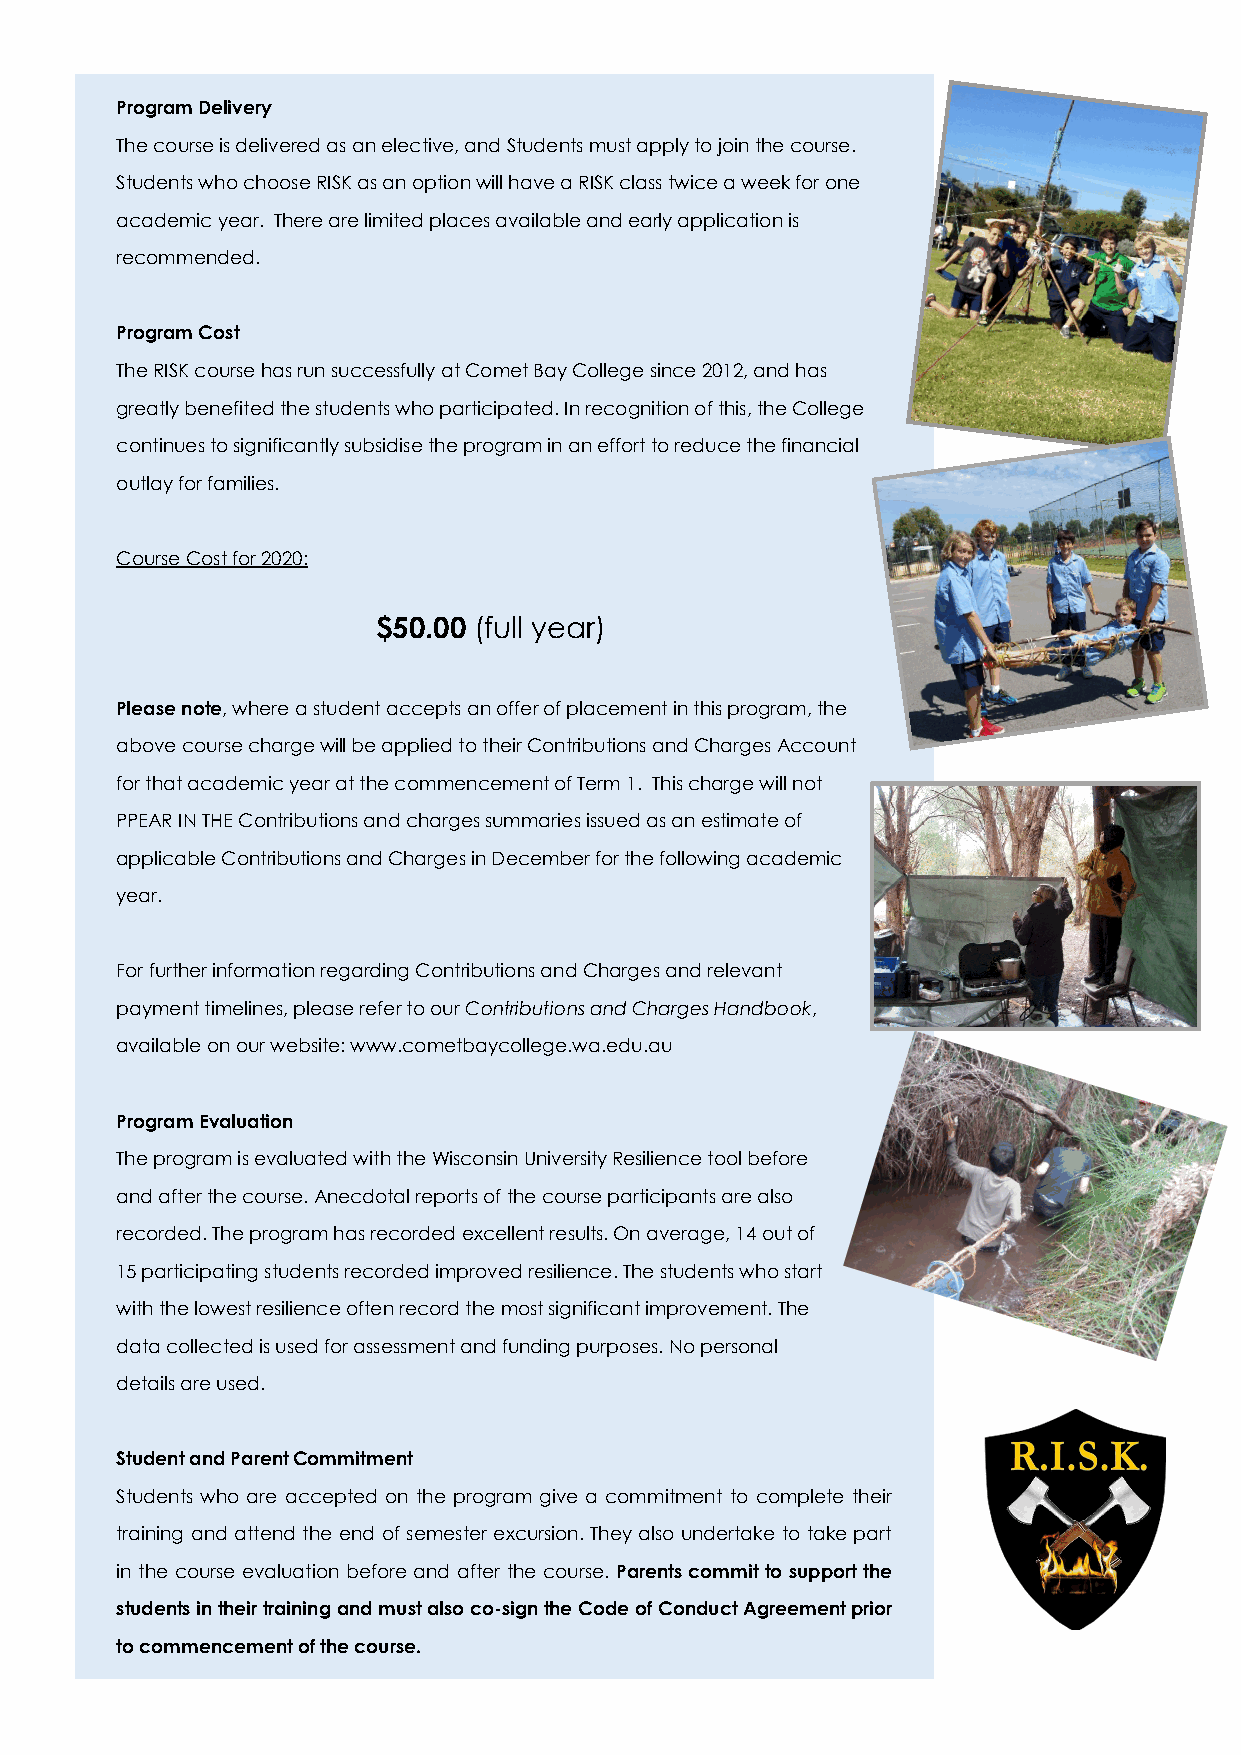
Program Delivery
 The course is delivered as an elective, and Students must apply to join the course.
 Students who choose RISK as an option will have a RISK class twice a week for one
 academic year. There are limited places available and early application is
 recommended.
 Program Cost
 The RISK course has run successfully at Comet Bay College since 2012, and has
 greatly benefited the students who participated. In recognition of this, the College
 continues to significantly subsidise the program in an effort to reduce the financial
 outlay for families.
 Course Cost for 2020:
 $50.00 (full year)
 Please note, where a student accepts an offer of placement in this program, the
 above course charge will be applied to their Contributions and Charges Account
 for that academic year at the commencement of Term 1. This charge will not
 PPEAR IN THE Contributions and charges summaries issued as an estimate of
 applicable Contributions and Charges in December for the following academic
 year.
 For further information regarding Contributions and Charges and relevant
 payment timelines, please refer to our Contributions and Charges Handbook,
 available on our website: www.cometbaycollege.wa.edu.au
 Program Evaluation
 The program is evaluated with the Wisconsin University Resilience tool before
 and after the course. Anecdotal reports of the course participants are also
 recorded. The program has recorded excellent results. On average, 14 out of
 15 participating students recorded improved resilience. The students who start
 with the lowest resilience often record the most significant improvement. The
 data collected is used for assessment and funding purposes. No personal
 details are used.
 Student and Parent Commitment
 Students who are accepted on the program give a commitment to complete their
 training and attend the end of semester excursion. They also undertake to take part
 in the course evaluation before and after the course. Parents commit to support the
 students in their training and must also co-sign the Code of Conduct Agreement prior
 to commencement of the course.